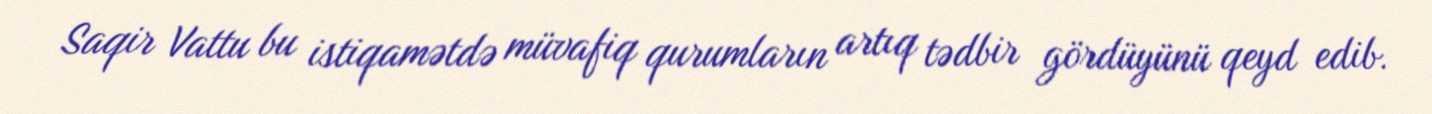
Saqir Vattu bu istiqamətdə müvafiq qurumların artıq tədbir gördüyünü qeyd edib.